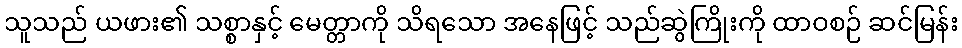
သူသည် ယဖား၏ သစ္စာနှင့် မေတ္တာကို သိရသော အနေဖြင့် သည်ဆွဲကြိုးကို ထာဝစဉ် ဆင်မြန်း